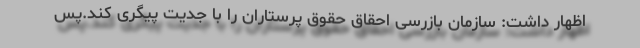
اظهار داشت: سازمان بازرسی احقاق حقوق پرستاران را با جدیت پیگری کند.پس